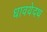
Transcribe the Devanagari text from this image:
धावयेदथ